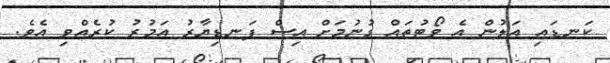
ކަނޑައި އަލުން އެ ވޯޓުތައް ގުނުމަށް އިސް ފަނޑިޔާރު އަމުރު ކުރެއްވި އެވެ.